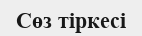
Сөз тіркесі